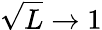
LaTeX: \sqrt{L}\rightarrow 1